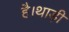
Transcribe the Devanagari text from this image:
है।थाड़ी